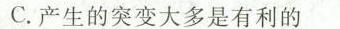
C.产生的突变大多是有利的